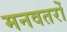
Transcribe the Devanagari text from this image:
मनवतरों